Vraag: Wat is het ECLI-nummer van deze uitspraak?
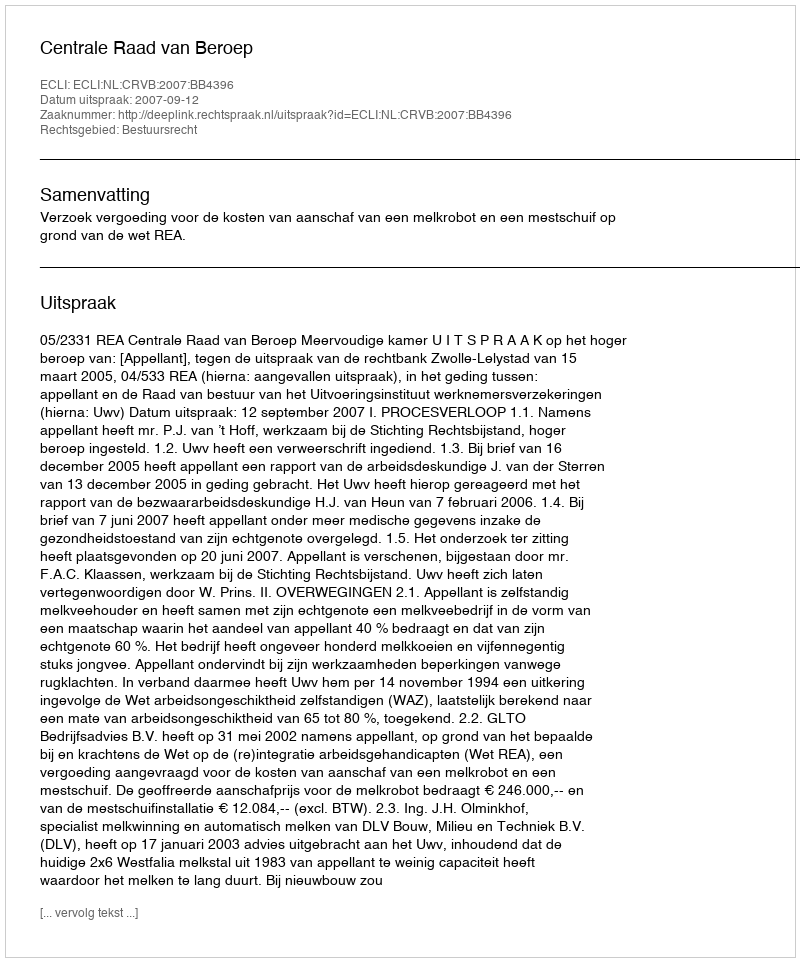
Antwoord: ECLI:NL:CRVB:2007:BB4396